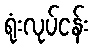
ရုံးလုပ်ငန်း